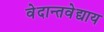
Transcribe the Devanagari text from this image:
वेदान्तवेद्याय